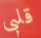
قلبى